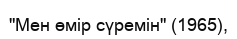
"Мен өмір сүремін" (1965),